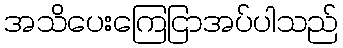
အသိပေးကြေငြာအပ်ပါသည်